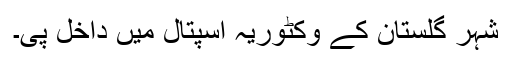
شہر گلستان کے وکٹوریہ اسپتال میں داخل پی۔